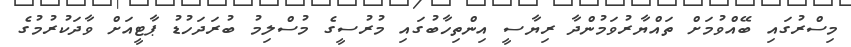
މިސްރުގައި ބޭއްވުމަށް ތައްޔާރުވަމުންދާ ރިޔާސީ އިންތިހާބުގައި މުރުސީގެ މުސްލިމު ބުރަދަހުޑު ޕާޓީއަށް ވާދަކުރުމުގެ